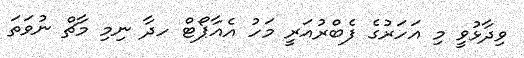
ވިދާޅުވީ މި އަހަރުގެ ފެބްރުއަރީ މަހު އެއާޕޯޓް ހދާ ނިމި މާޗް ނުވަތަ